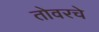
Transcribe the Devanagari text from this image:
तोवरचे